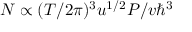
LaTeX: N \propto ( T / 2 \pi ) ^ { 3 } u ^ { 1 / 2 } P / v \hbar ^ { 3 }